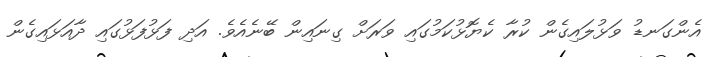
އެންގަނޑު ވަޅުލައިގެން ކުރާ ކެޔޮޅުކަމުގައި ވަރަށް ގިނައިން ބޭނެއެވެ. އަދި ފަޅުފަޅުގައި ދާއަޅައިގެން